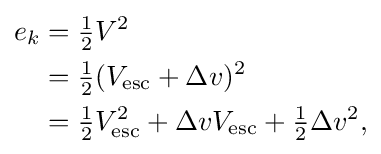
{\begin{aligned}e_{k}&={\tfrac {1}{2}}V^{2}\\&={\tfrac {1}{2}}(V_{\text{esc}}+\Delta v)^{2}\\&={\tfrac {1}{2}}V_{\text{esc}}^{2}+\Delta vV_{\text{esc}}+{\tfrac {1}{2}}\Delta v^{2},\end{aligned}}